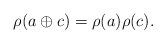
LaTeX: \begin{align*} \rho( a \oplus c ) = \rho( a )\rho( c ).\end{align*}